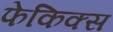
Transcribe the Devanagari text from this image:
फेकिक्स